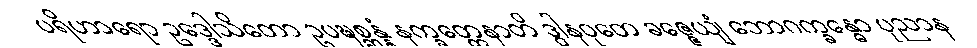
ပရိဟာရော ဥဒ္ဒေါသိတော ဥပဍ္ဎစ္ဆန္နံ နက္ခတ္တေနာတိ ဒွါနဝုတေ ခဇ္ဇေယျံ ဘောဂက္ခန္ဓော ပုညာန